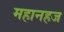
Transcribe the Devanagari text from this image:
महानहज